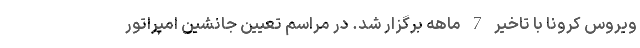
ویروس کرونا با تاخیر 7 ماهه برگزار شد. در مراسم تعیین جانشین امپراتور